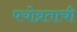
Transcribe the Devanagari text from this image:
पयोव्रताची